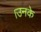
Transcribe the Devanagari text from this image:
।उनके